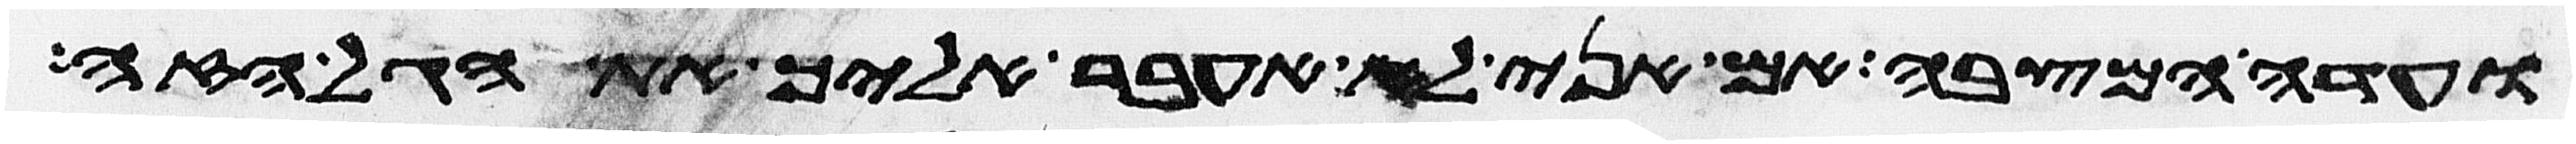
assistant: ועדה המצבה אם אני לא אעבר אליך את הגל הזה